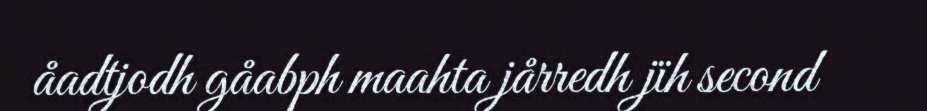
åadtjodh gåabph maahta jårredh jïh second